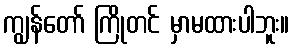
ကျွန်တော် ကြိုတင် မှာမထားပါဘူး။